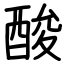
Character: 酸